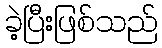
ခဲ့ပြီးဖြစ်သည်